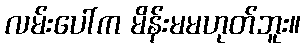
လမ်းပေါ်က မိန်းမမဟုတ်ဘူး။